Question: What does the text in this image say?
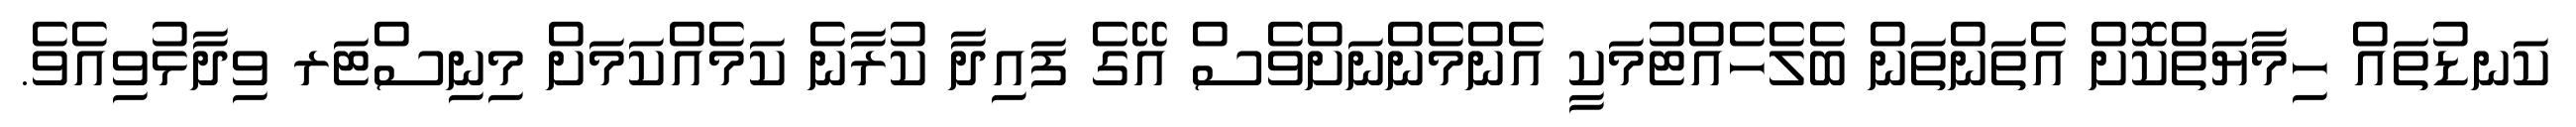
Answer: ކަނޑުތައް ހިމާޔަތްކޮށް އެތަންތަން ބެލެހެއްޓުމަކީ އެންމެންނަށްވެސް އޭގެ ފައިދާ ކުރާނެ ކަމެއްކަމަށް މިނިސްޓަރ ވިދާޅުވިއެވެ.